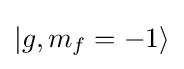
|g,m_{f}=-1\rangle